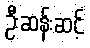
ဦးဆန်းဆင့်